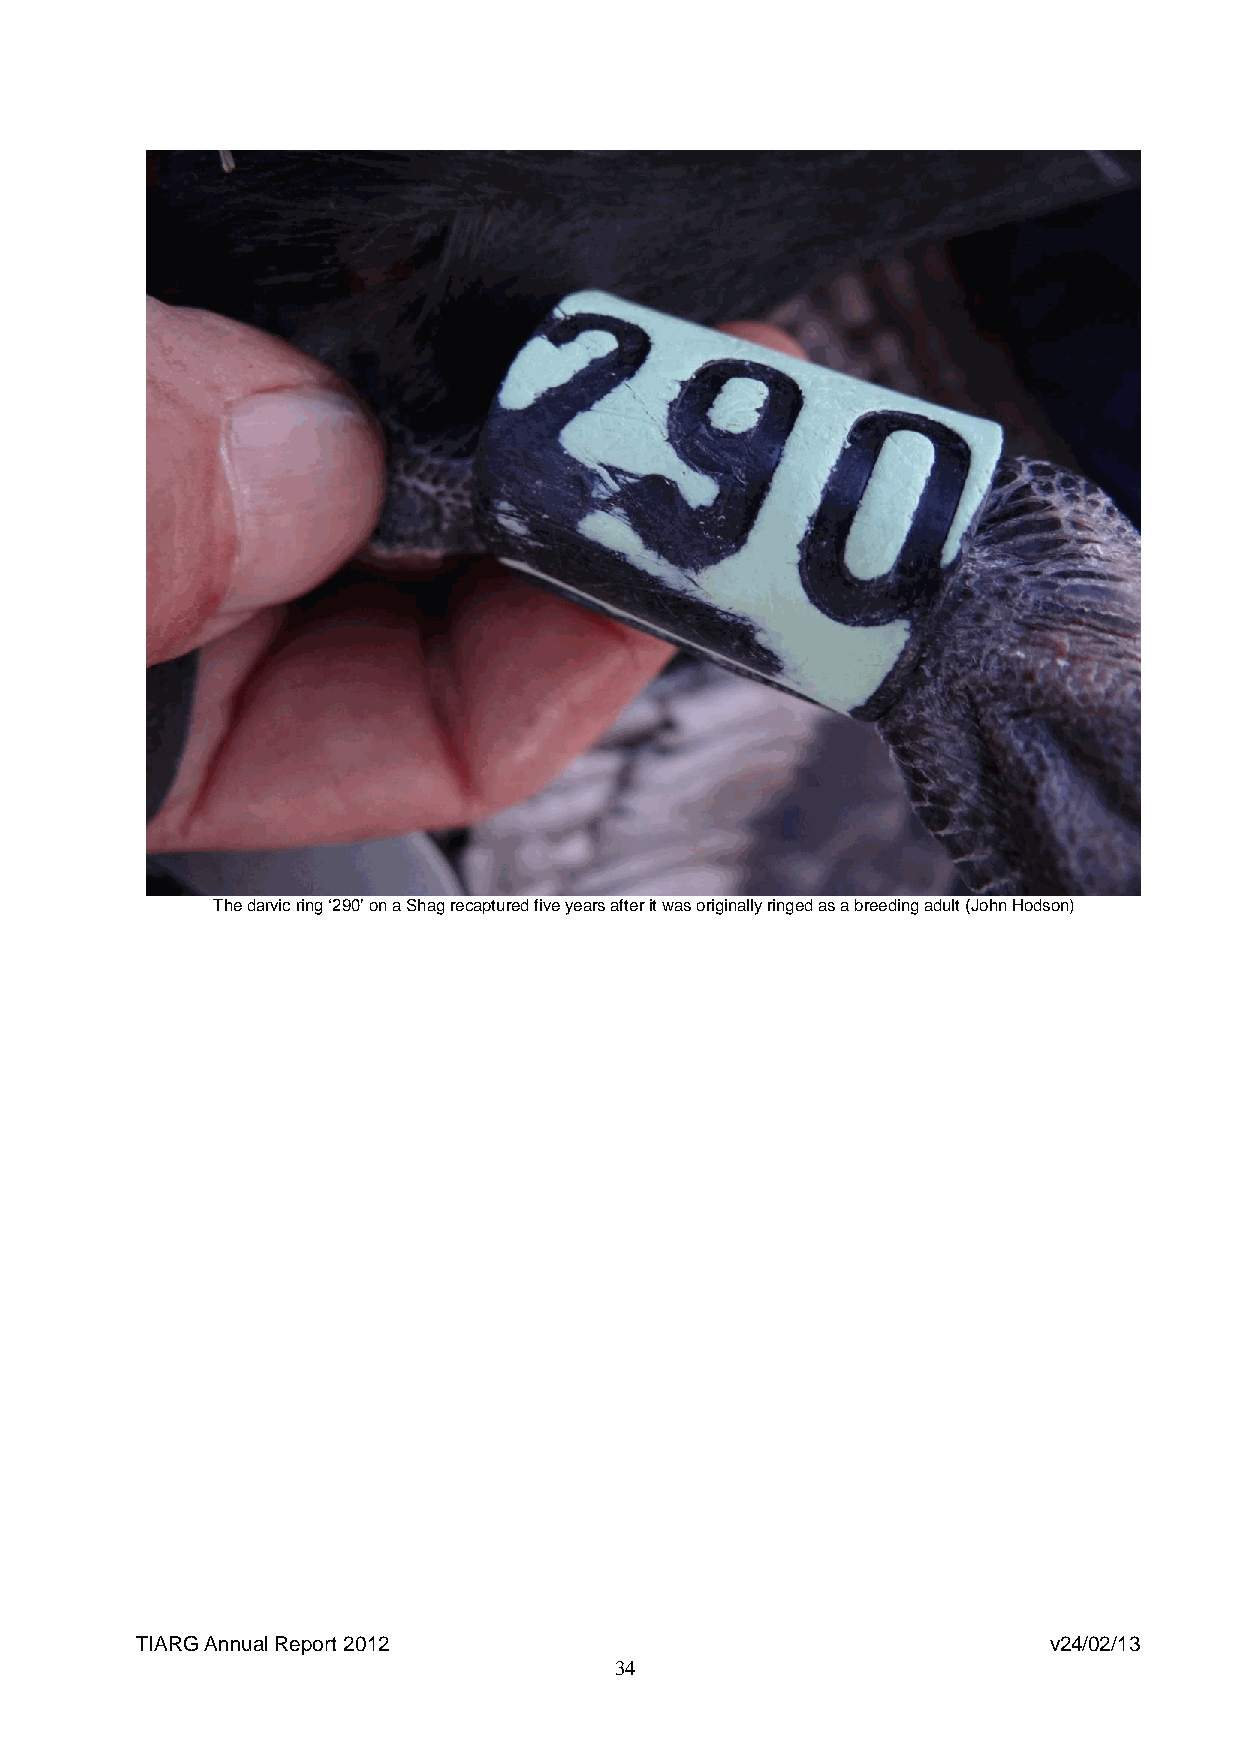
The darvic ring ‘290’ on a Shag recaptured five years after it was originally ringed as a breeding adult (John Hodson)
 TIARG Annual Report 2012                                    v24/02/13
 34